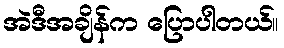
အဲဒီအချိန်က ပြောပါတယ်။